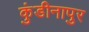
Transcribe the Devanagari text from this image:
कुंडीनापुर